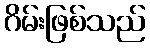
ဂိမ်းဖြစ်သည်